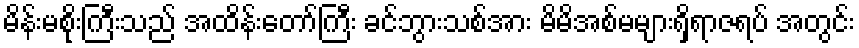
မိန်းမစိုးကြီးသည် အထိန်းတော်ကြီး ခင်ဘွားသစ်အား မိမိအစ်မများရှိရာဇရပ် အတွင်း